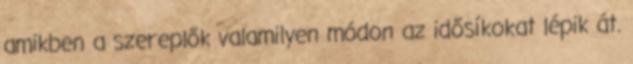
amikben a szereplők valamilyen módon az idősíkokat lépik át.